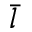
\bar { l }